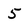
Character: 5